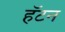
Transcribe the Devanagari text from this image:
हॅटन